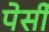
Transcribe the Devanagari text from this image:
पेर्सी